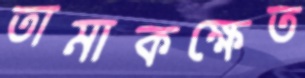
তামাকক্ষেত